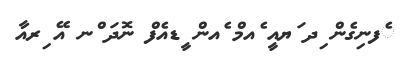
ެފނިގެން ިދ ަޔއީ ެއމް ެއން ީޑއެފް ނޮދަ ްނ އޭ ިރއާ